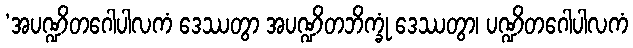
‘အပဏ္ဍိတဂေါပါလကံ ဒေဿတွာ အပဏ္ဍိတဘိက္ခုံ ဒေဿတွာ၊ ပဏ္ဍိတဂေါပါလကံ